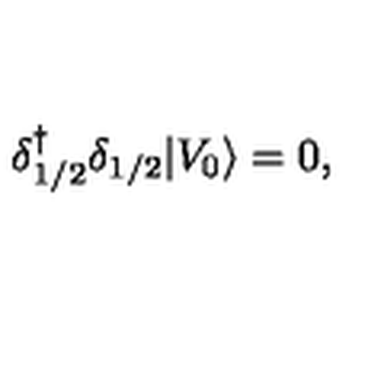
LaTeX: \delta { ^ \dagger _ { 1 / 2 } } \delta _ { 1 / 2 } \vert V _ { 0 } \rangle = 0 ,